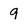
Character: 9